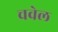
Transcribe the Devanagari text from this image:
चवेल